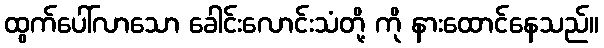
ထွက်ပေါ်လာသော ခေါင်းလောင်းသံတို့ ကို နားထောင်နေသည်။